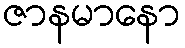
ဇာနမာနော